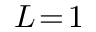
L \! = \! 1